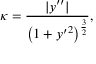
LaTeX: \kappa = { \frac { | y ^ { \prime \prime } | } { \left( 1 + { y ^ { \prime } } ^ { 2 } \right) ^ { \frac { 3 } { 2 } } } } ,